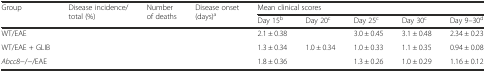
<table><thead><tr><td rowspan="2"><b>Group</b></td><td rowspan="2"><b>Disease incidence/total (%)</b></td><td rowspan="2"><b>Number of deaths</b></td><td rowspan="2"><b>Disease onset (days)<sup>a</sup></b></td><td colspan="5"><b>Mean clinical scores</b></td></tr><tr><td><b>Day 15<sup>b</sup></b></td><td><b>Day 20<sup>c</sup></b></td><td><b>Day 25<sup>c</sup></b></td><td><b>Day 30<sup>c</sup></b></td><td><b>Day 9–30<sup>d</sup></b></td></tr></thead><tbody><tr><td>WT/EAE</td><td>[EMPTY_CELL]</td><td>[EMPTY_CELL]</td><td>[EMPTY_CELL]</td><td>2.1 ± 0.38</td><td>[EMPTY_CELL]</td><td>3.0 ± 0.45</td><td>3.1 ± 0.48</td><td>2.34 ± 0.23</td></tr><tr><td>WT/EAE + GLIB</td><td>[EMPTY_CELL]</td><td>[EMPTY_CELL]</td><td>[EMPTY_CELL]</td><td>1.3 ± 0.34</td><td>1.0 ± 0.34</td><td>1.0 ± 0.33</td><td>1.1 ± 0.35</td><td>0.94 ± 0.08</td></tr><tr><td><i>Abcc8</i>−/−/EAE</td><td>[EMPTY_CELL]</td><td>[EMPTY_CELL]</td><td>[EMPTY_CELL]</td><td>1.8 ± 0.36</td><td>[EMPTY_CELL]</td><td>1.3 ± 0.26</td><td>1.0 ± 0.29</td><td>1.16 ± 0.12</td></tr></tbody></table>